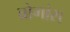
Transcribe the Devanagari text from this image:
ब्रोगांस